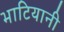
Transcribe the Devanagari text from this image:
भाटियानी